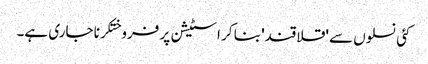
کئی نسلوں سے 'قلاقند' بنا کر اسٹیشن پر فروختکرنا جاری ہے۔